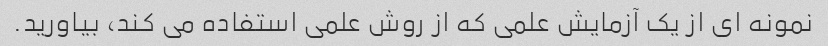
نمونه ای از یک آزمایش علمی که از روش علمی استفاده می کند، بیاورید.